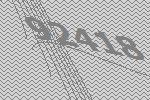
92418